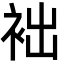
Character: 袦